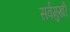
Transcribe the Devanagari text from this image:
सर्वमुखी